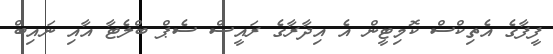
ފީފާގެ އެތިކްސް ކޮމިޓީން އެ އިދާރާގެ ރައީސް ސެޕް ބްލެޓާ އާއި ނައިބް